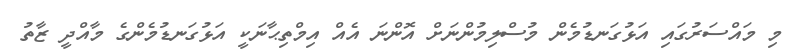
މި މައްސަރުގައި އަޅުގަނޑުމެން މުސްލިމުންނަށް އޮންނަ އެއް އިމްތިޙާނަކީ އަޅުގަނޑުމެންގެ މާއްދީ ޒާތު